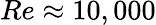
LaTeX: Re\approx 10,000